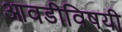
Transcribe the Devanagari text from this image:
आवडीविषयी